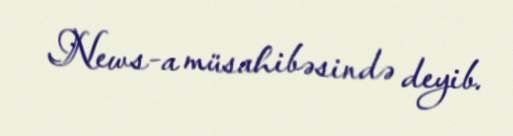
News-a müsahibəsində deyib.